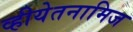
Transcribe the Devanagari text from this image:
व्हीयेतनामिज